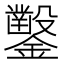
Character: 𨯳